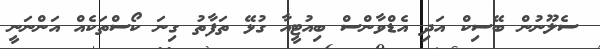
ސެލޫނުން ބޭސިކް އަދި އެޑްވާންސް ބިއުޓީއާ ގުޅޭ ތަފާތު ގިނަ ކޯސްތަކެއް އަންނަނީ